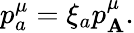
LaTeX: p_{a}^{\mu}=\xi_{a}p_{\mathbf{A}}^{\mu}.